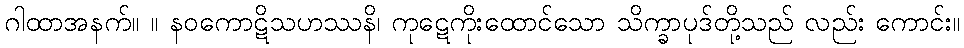
ဂါထာအနက်။ ။ နဝကောဋိသဟဿနိ၊ ကုဋေကိုးထောင်သော သိက္ခာပုဒ်တို့သည် လည်း ကောင်း။